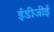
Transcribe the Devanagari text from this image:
ईडीजीई